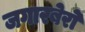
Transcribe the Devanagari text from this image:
जगारबेरो